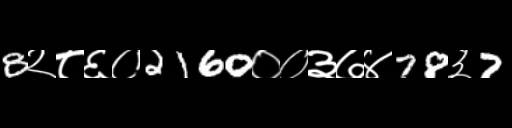
Text: 8२८६०2160००३७४78३7